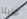
روزيتا